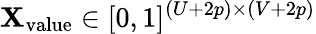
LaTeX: \mathbf{X}_{\mathrm{{value}}}\in[0,1]^{(U+2p)\times(V+2p)}